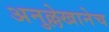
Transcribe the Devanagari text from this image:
अनुल्लेखानेच